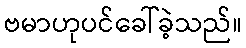
ဗမာဟုပင်ခေါ်ခဲ့သည်။